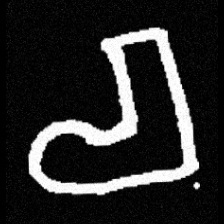
Pyu character \u2014 Myanmar letter: စ (romanized: ca)